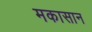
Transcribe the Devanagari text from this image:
मकासान